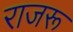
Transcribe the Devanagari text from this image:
राजरू